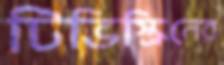
টিভিস্ক্রিনের